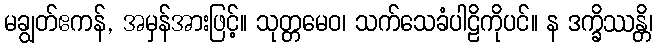
မချွတ်ဧကန်, အမှန်အားဖြင့်။ သုတ္တမေဝ၊ သက်သေခံပါဠိကိုပင်။ န ဒက္ခိဿန္တိ၊